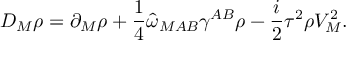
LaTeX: { \cal D } _ { M } \rho = \partial _ { M } \rho + \frac { 1 } { 4 } \widehat { \omega } _ { M A B } \gamma ^ { A B } \rho - \frac { i } { 2 } \tau ^ { 2 } \rho V _ { M } ^ { 2 } .